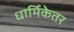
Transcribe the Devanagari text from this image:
धार्मिकेतर